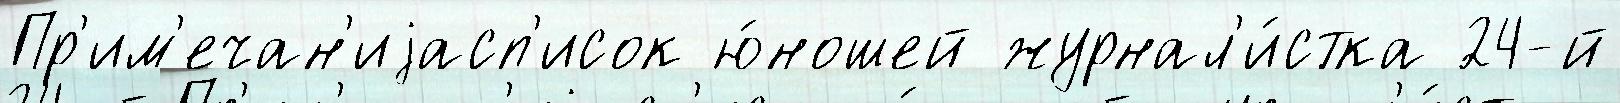
Пр'им'ечан'иjасп'исок ю́ношей журнал'и́стка 24-й